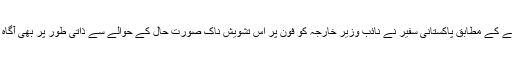
سفارت خانے کے مطابق پاکستانی سفیر نے نائب وزیر خارجہ کو فون پر اس تشویش ناک صورت حال کے حوالے سے ذاتی طور پر بھی آگاہ کر دیا ہے۔